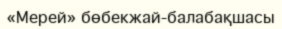
«Мерей» бөбекжай-балабақшасы